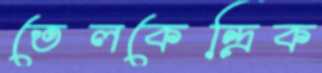
তেলকেন্দ্রিক